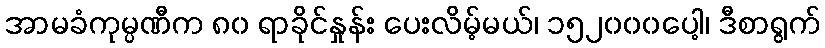
အာမခံကုမ္ပဏီက ၈၀ ရာခိုင်နှုန်း ပေးလိမ့်မယ်၊ ၁၅၂၀၀၀ပေါ့၊ ဒီစာရွက်